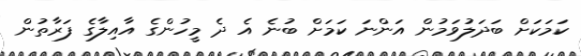
ކަމަކަށް ބަދަލުވަމުން އަންނަ ކަމަށް ބުނެ އެ ދެ މީހުންގެ އާއިލާގެ ފަރާތުން